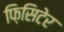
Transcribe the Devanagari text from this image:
फ़िसिटेर